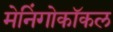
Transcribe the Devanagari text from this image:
मेनिंगोकॉकल